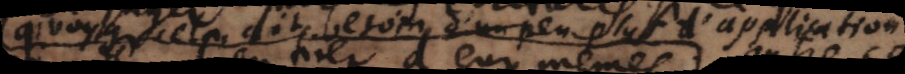
quoyque il dit besoin d’un peu plus d’application